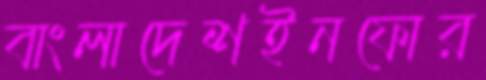
বাংলাদেশইনফোর